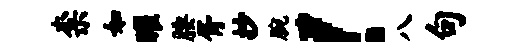
柰如曜腰胥抄腕！八句